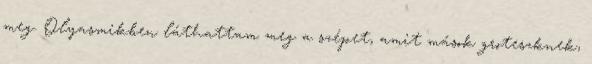
meg. Olyasmikben láthattam meg a szépet, amit mások groteszknek,